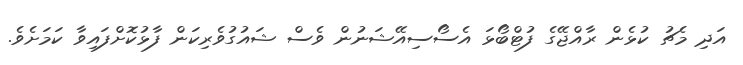
އަދި މެޗު ކުޅެން ރާއްޖޭގެ ފުޓްބޯޅަ އެސޯސިއޭޝަނުން ވެސް ޝައުގުވެރިކަން ފާޅުކޮށްފައިވާ ކަމަށެވެ.